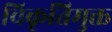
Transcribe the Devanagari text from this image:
विकृतिमुक्त